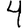
Digit: 4